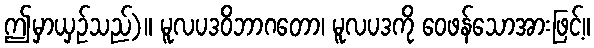
ဤမှာယှဉ်သည်)။ မူလပဒဝိဘာဂတော၊ မူလပဒကို ဝေဖန်သောအားဖြင့်။